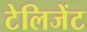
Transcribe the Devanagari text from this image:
टेलिजेंट